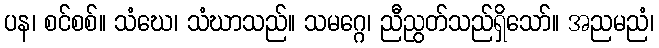
ပန၊ စင်စစ်။ သံဃေ၊ သံဃာသည်။ သမဂ္ဂေ၊ ညီညွတ်သည်ရှိသော်။ အညမညံ၊